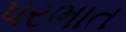
પરભાત